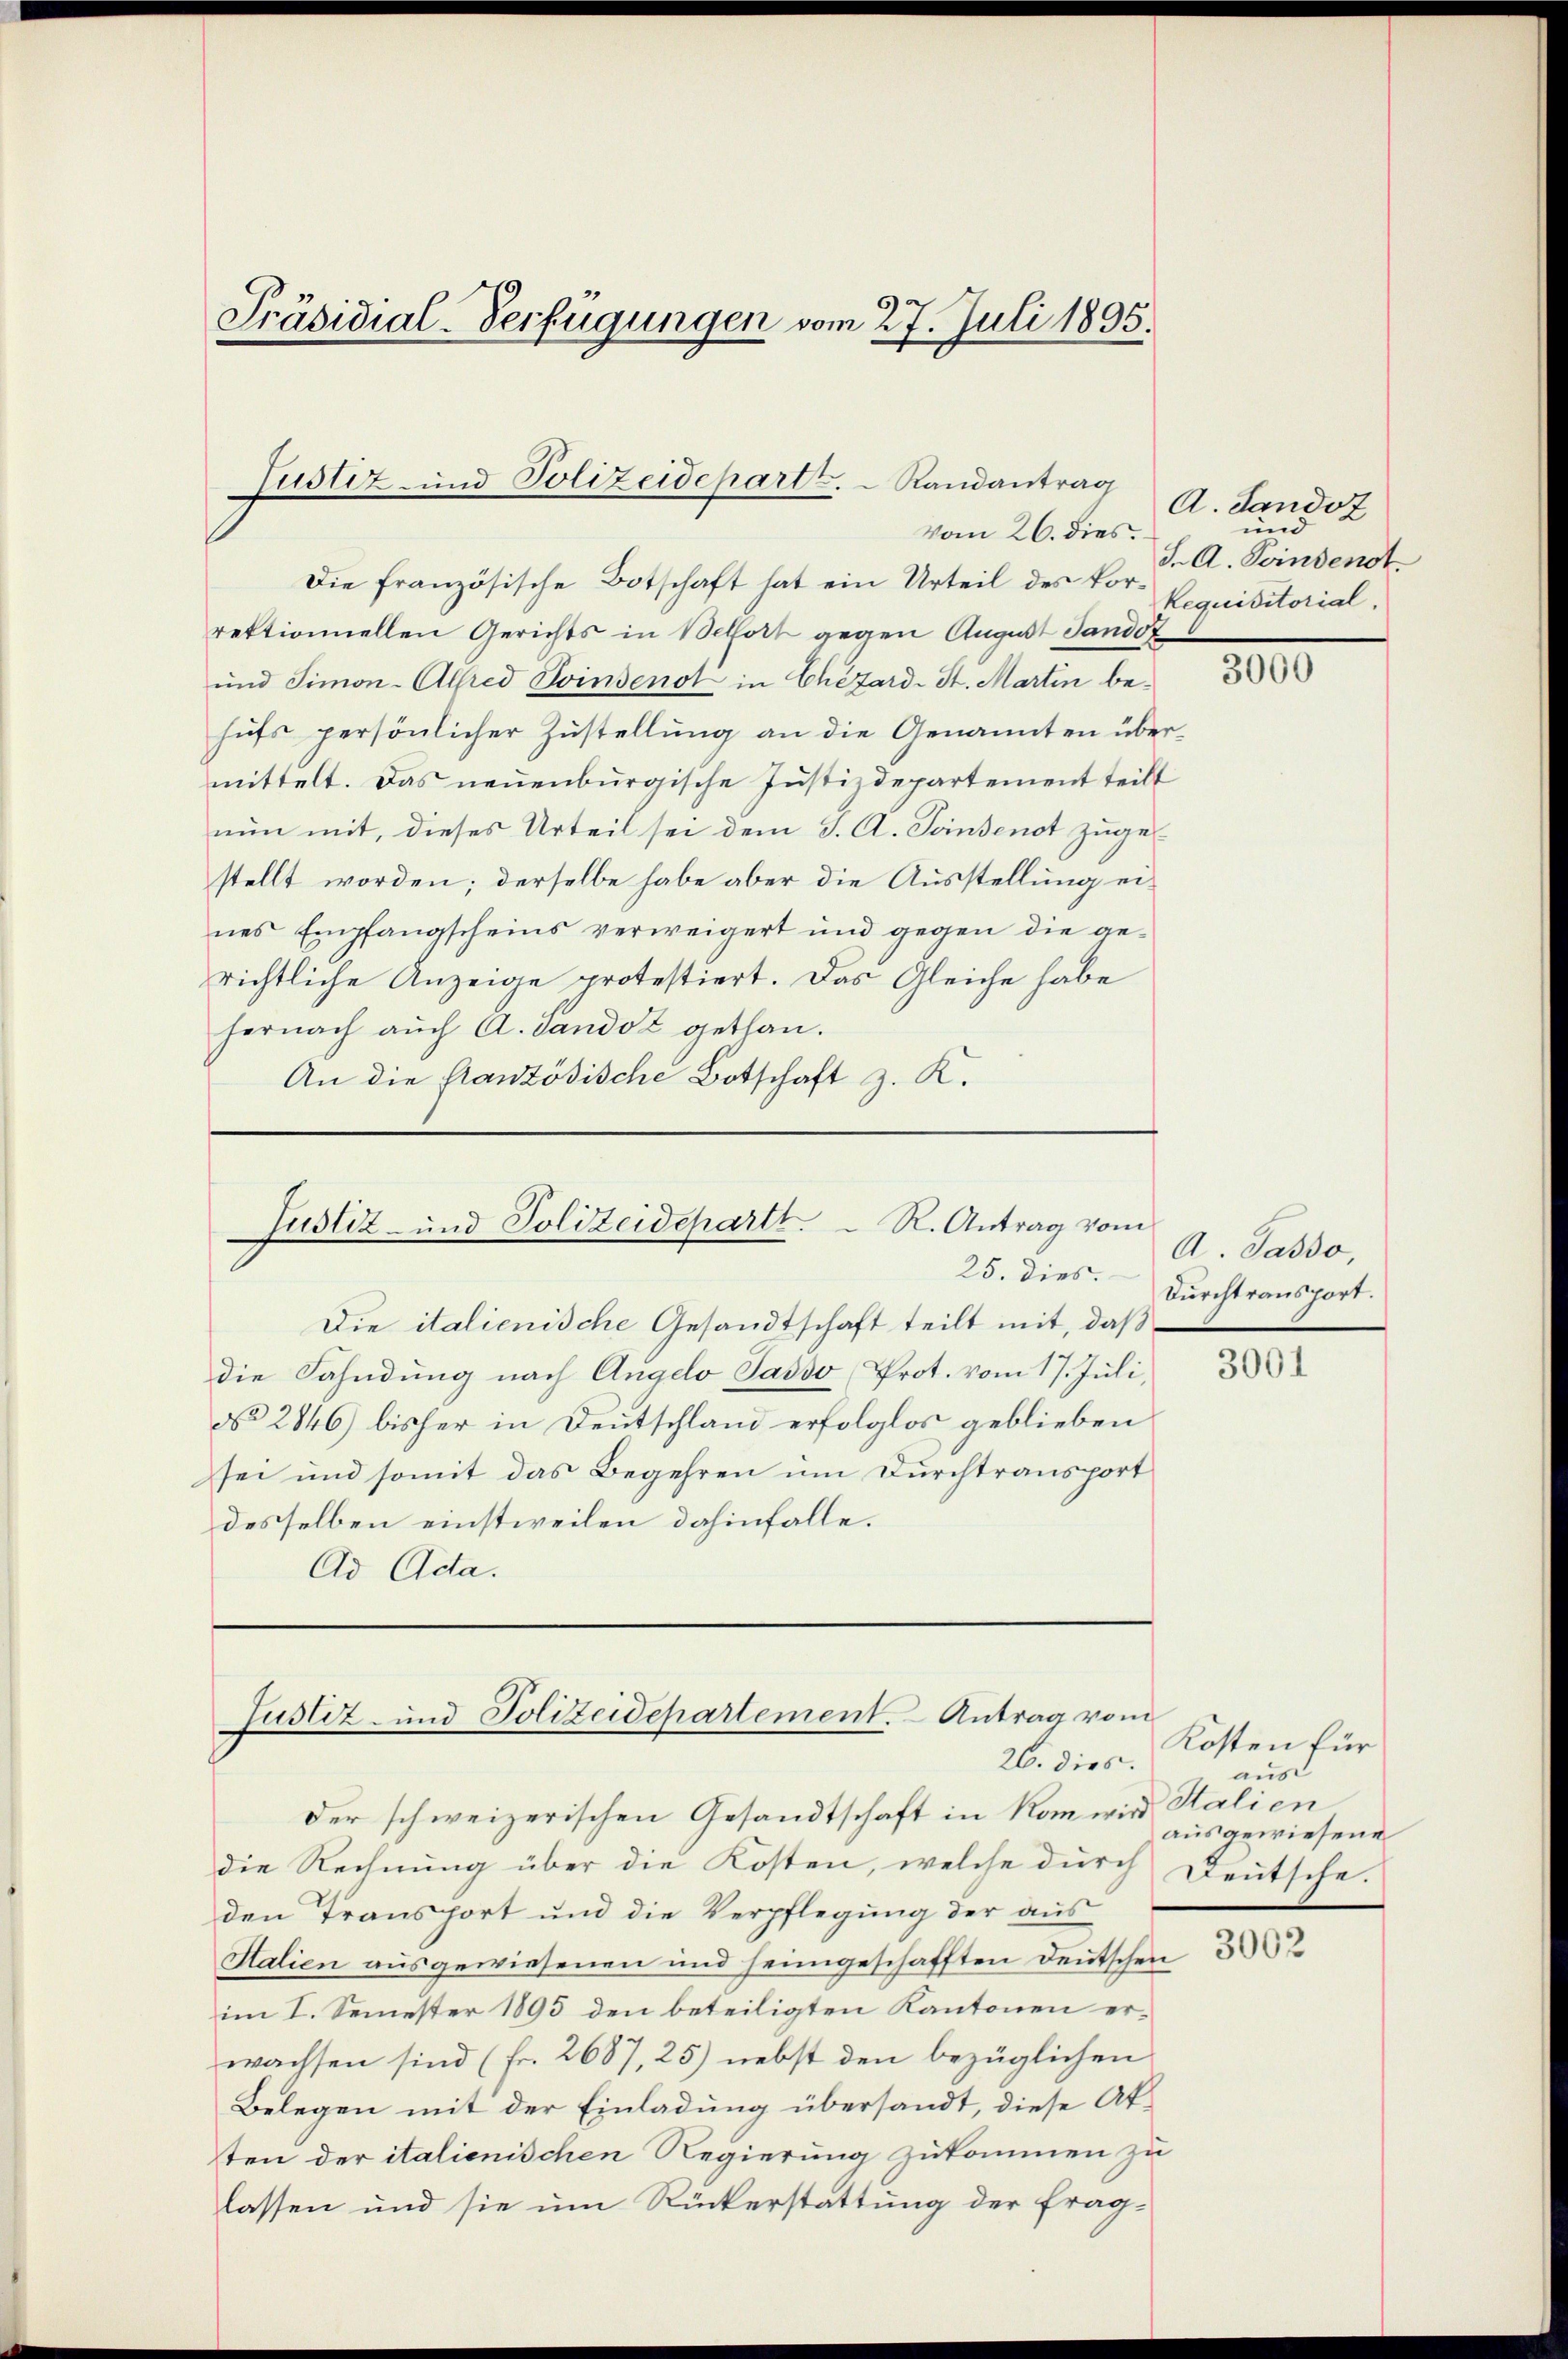
Präsidial-Verfügungen vom 27. Juli 1895.

Die französische Botschaft hat ein Urteil des Vor- Requisitorialrektionnellen Gerichts in Belfort gegen August Sandot
und Simon-Alfred Pinsenot in Chefard-St. Martin behufs persönlicher Zustellung an die Genannten übermittelt. Das neuenburgische Justizdepartement teilt
nun mit, dieses Urteil sei dem J. A. Toinsenot zugestellt worden; derselbe habe aber die Ausstellung eines Empfangscheins verweigert und gegen die gerichtliche Anzeige protestiert. Das Gleiche habe
hernach auch A. Sandot gethan.
An die französische Botschaft z. K.

Justiz- und Polizeidepart.  Randantrag
vom 26. dies.

Justiz- und Polizeideparti. R. Antrag vom

25. dies.
Die italienische Gesandtschaft teilt mit, daß
die Fahndung nach Angelo Sasso Prot. vom 17. Juli.
No 2846) bisher in Deutschland erfolglos geblieben
sei und somit das Begehren um Durchtransport
desselben einstweilen dahinfalle.
Ad Ada.

Justiz- und Polizeidepartement. Antrag vom
26. dies.

A. Landot
und
J. A. Feindenst.

der schweizerischen Gesandtschaft in Rom wir Stalien,
die Rechnung über die Kosten, welche durch Deutsche.
den Transport und die Verpflegung der aus
Salien ausgewiesenen und heimgeschafften Deutschen
im I. Semester 1895 den beteiligten Kantonen erwachsen sind (Fr. 2687, 25) nebst den bezüglichen
Belegen mit der Einladung übersandt, diese Akten der italienischen Regierung zukommen zu
lassen und sie um Rückerstattung der frag¬

3000

A. Passo,
Durchtransport.

3001

Kosten für
aus
aŭsgewiesene

3002